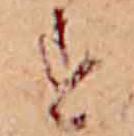
す